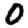
Digit: 0